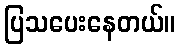
ပြသပေးနေတယ်။